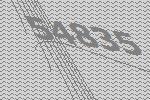
54835